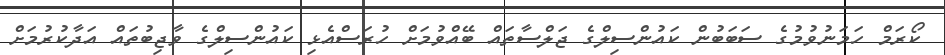
ކޯރަމް ހަމަނުވުމުގެ ސަބަބުން ކައުންސިލްގެ ޖަލްސާތައް ބޭއްވުމަށް ހުރަސްއެޅި ކައުންސިލްގެ ވާޖިބުތައް އަދާކުރުމަށް